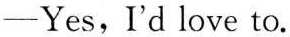
—Yes, I'd love to.